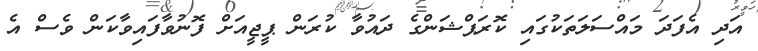
އަދި އެފަދަ މައްސަލަތަކުގައި ކޮރަޕްޝަންގެ ދައުވާ ކުރަން ޕީޖީއަށް ފޮނުވާފައިވާކަން ވެސް އެ